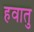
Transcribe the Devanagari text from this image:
हवातु